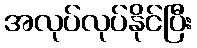
အလုပ်လုပ်နိုင်ပြီး